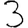
Digit: 3